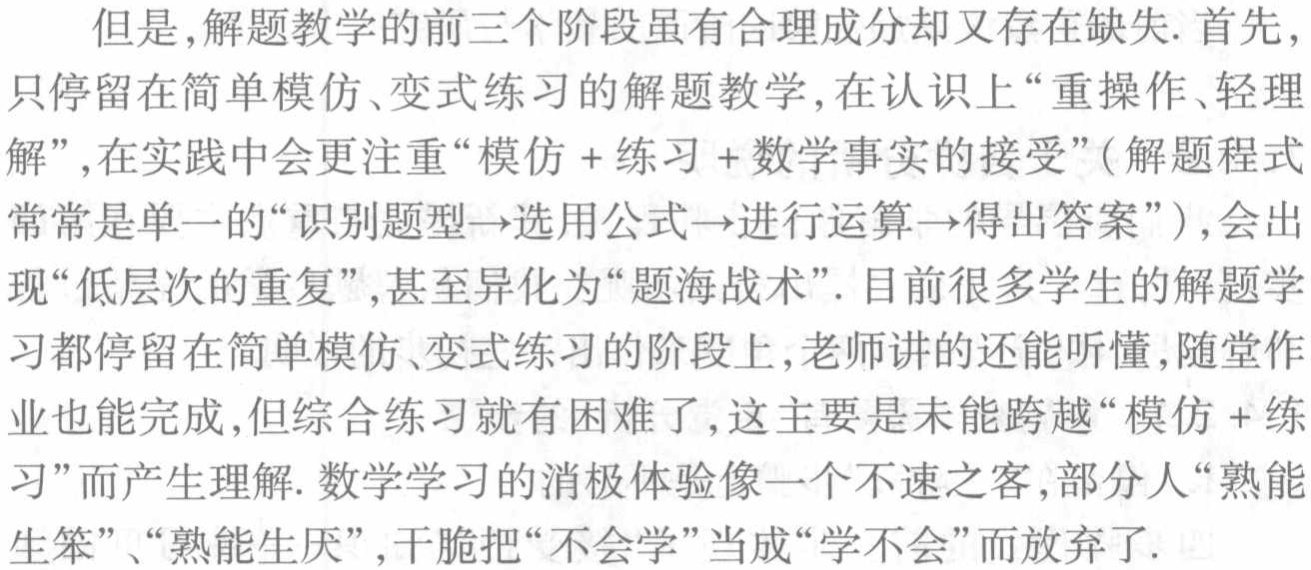
但是,解题教学的前三个阶段虽有合理成分却又存在缺失.首先,只停留在简单模仿、变式练习的解题教学,在认识上“重操作、轻理解”,在实践中会更注重“模仿 + 练习 + 数学事实的接受”(解题程式常常是单一的“识别题型→选用公式→进行运算→得出答案”),会出现“低层次的重复”,甚至异化为“题海战术”.目前很多学生的解题学习都停留在简单模仿、变式练习的阶段上,老师讲的还能听懂,随堂作业也能完成,但综合练习就有困难了,这主要是未能跨越“模仿 + 练习”而产生理解.数学学习的消极体验像一个不速之客,部分人“熟能生笨”、“熟能生厌”,干脆把“不会学”当成“学不会”而放弃了.